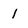
Character: 1